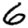
Digit: 6